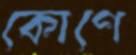
কোণে